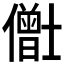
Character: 𫣸